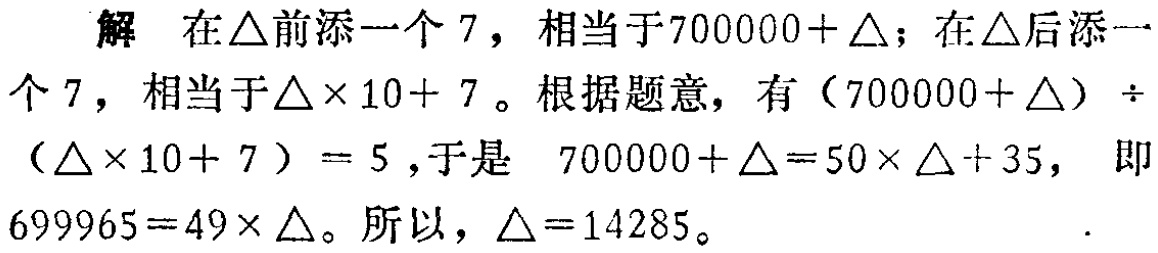
解 在$\triangle$前添一个$7$，相当于$700000+\triangle$；在$\triangle$后添一个$7$，相当于$\triangle\times 10 + 7$。根据题意，有$(700000+\triangle)\div(\triangle\times 10 + 7)=5$，于是$700000+\triangle=50\times\triangle + 35$，即$699965 = 49\times\triangle$。所以，$\triangle = 14285$。